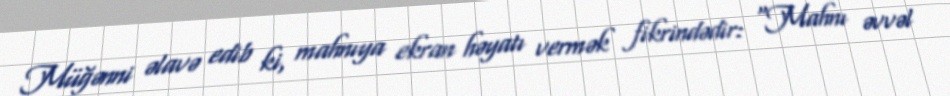
Müğənni əlavə edib ki, mahnıya ekran həyatı vermək fikrindədir: “Mahnı əvvəl